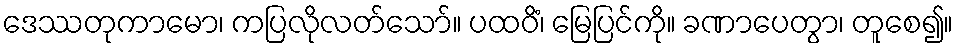
ဒေဿတုကာမော၊ ကပြလိုလတ်သော်။ ပထဝိံ၊ မြေပြင်ကို။ ခဏာပေတွာ၊ တူစေ၍။